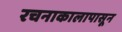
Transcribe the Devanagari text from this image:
रचनाकालापासून